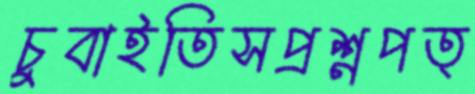
চুবাইতিসপ্রশ্নপত্